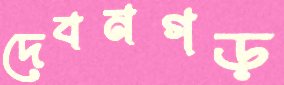
দেবনগড়